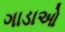
ગાડાઓ